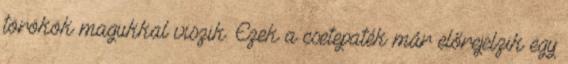
törökök magukkal viszik. Ezek a csetepaték már előrejelzik egy